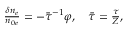
\begin{array} { r } { \frac { \delta n _ { e } } { n _ { 0 e } } = - \bar { \tau } ^ { - 1 } \varphi , \quad \bar { \tau } = \frac { \tau } { Z } , } \end{array}